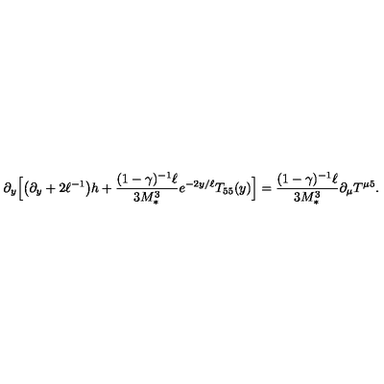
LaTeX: \partial _ { y } \Big [ \big ( \partial _ { y } + 2 \ell ^ { - 1 } \big ) h + \frac { ( 1 - \gamma ) ^ { - 1 } \ell } { 3 M _ { * } ^ { 3 } } e ^ { - 2 y / \ell } T _ { 5 5 } ( y ) \Big ] = \frac { ( 1 - \gamma ) ^ { - 1 } \ell } { 3 M _ { * } ^ { 3 } } \partial _ { \mu } T ^ { \mu 5 } .